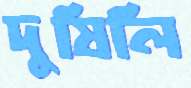
দুষিলি